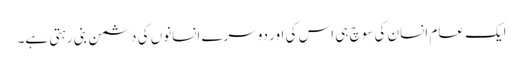
ایک عام انسان کی سوچ ہی اس کی اور دوسرے انسانوں کی دشمن بنی رہتی ہے۔